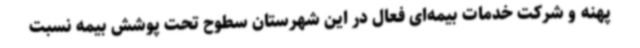
پهنه و شرکت خدمات بیمه‌ای فعال در این شهرستان سطوح تحت پوشش بیمه نسبت